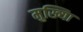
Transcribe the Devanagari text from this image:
मुख्यिा